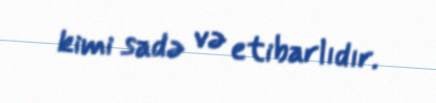
kimi sadə və etibarlıdır.